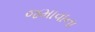
જમાવાના